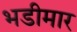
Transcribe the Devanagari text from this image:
भडीमार